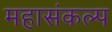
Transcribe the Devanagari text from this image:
महासंकल्प